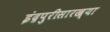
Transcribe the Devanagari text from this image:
इंद्रपुरीसारख्या